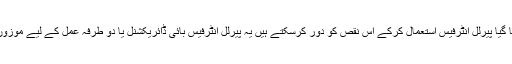
اس صورت میں آپ شکل نمبر 4 اورشکل نمبر 5 میں دیا گیا پیرلل انٹرفیس استعمال کرکے اس نقص کو دور کرسکتے ہیں یہ پیرلل انٹرفیس بائی ڈائریکشنل یا دو طرفہ عمل کے لیے موزوں ہے اور زیر نظر پروگرامر سے مطابقت کا حامل ہے۔